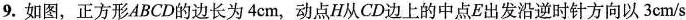
9.如图，正方形ABCD的边长为4cm，动点H从CD边上的中点E出发沿逆时针方向以3cm/s